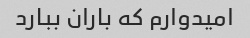
امیدوارم که باران ببارد